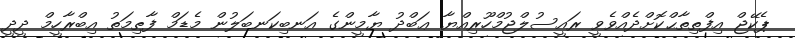
ޕެކޭޖް އިފްތިތާޙްކޮށްދެއްވެވީ ރައީސުލްޖުމްހޫރިއްޔާ ޢަބްދު ޔާމީންގެ އަނބިކަނބަލުން މެޑަމް ފާޠިމަތު އިބްރާހީމް ދީދީ